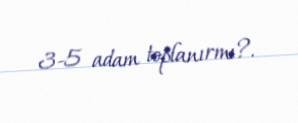
3-5 adam toplanırmı?.